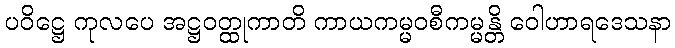
ပဝိဋ္ဌေ ကုလပေ အဋ္ဌဝတ္ထုကာတိ ကာယကမ္မဝစီကမ္မန္တိ ဝေါဟာရဒေသနာ